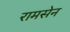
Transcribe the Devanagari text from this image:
रामसेन